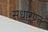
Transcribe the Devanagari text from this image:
सधारण्त